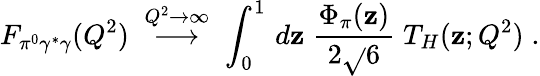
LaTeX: F_{\pi^{0}\gamma^{*}\gamma}(Q^{2})\; \stackrel{Q^{2}\rightarrow\infty}{\longrightarrow}\; \int_{0}^{1}\, d\mathbf{z}\; {\frac{{\Phi_{\pi}(\mathbf{z})}}{{2\sqrt{}{{6}}}}}\; T_{H}(\mathbf{z};Q^{2})\; .